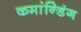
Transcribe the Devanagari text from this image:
कमांन्डिंग